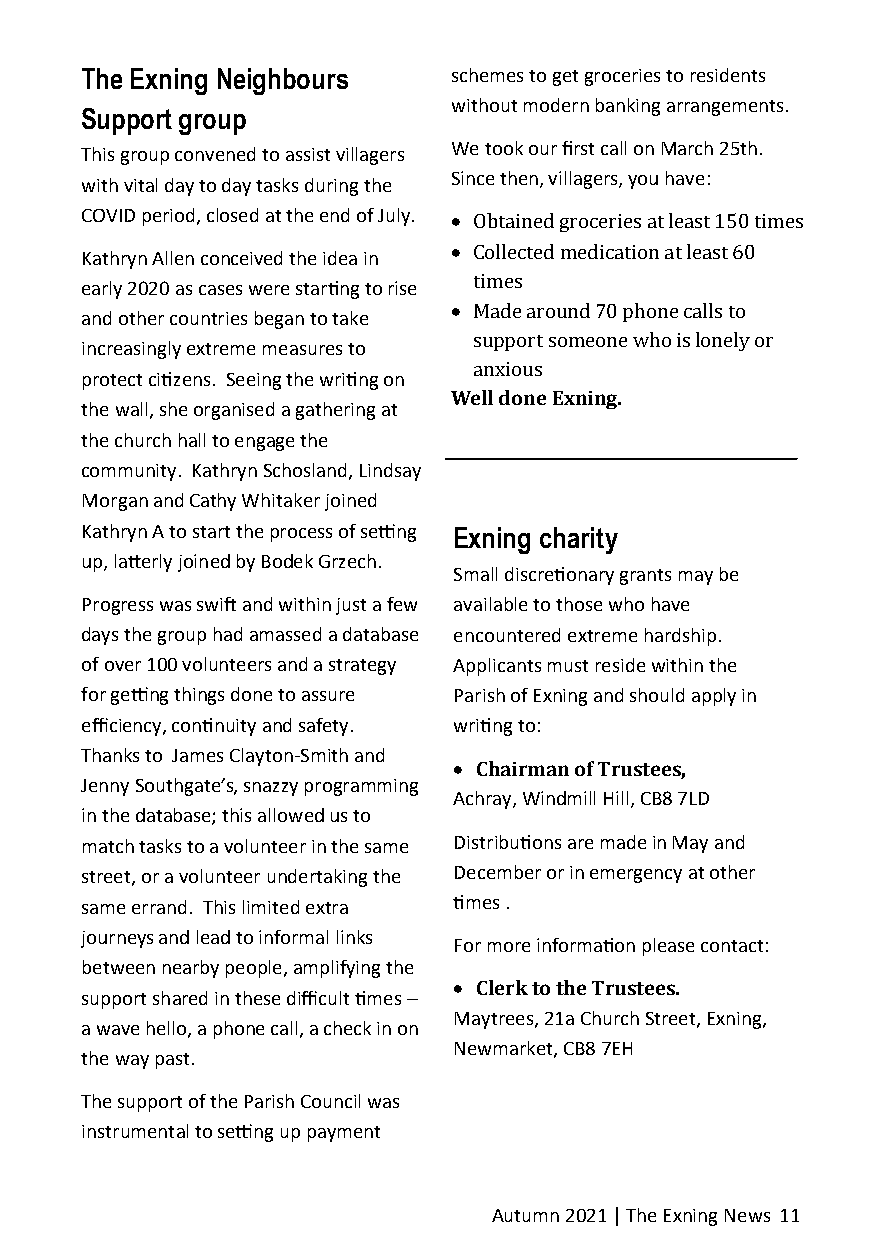
The Exning Neighbours    schemes to get groceries to residents
 without modern banking arrangements.
 Support group
 We took our first call on March 25th.
 This group convened to assist villagers
 Since then, villagers, you have:
 with vital day to day tasks during the
 COVID period, closed at the end of July. • Obtained groceries at least 150 times
 • Collected medication at least 60
 Kathryn Allen conceived the idea in
 times
 early 2020 as cases were starting to rise
 • Made around 70 phone calls to
 and other countries began to take
 support someone who is lonely or
 increasingly extreme measures to
 anxious
 protect citizens. Seeing the writing on
 Well done Exning.
 the wall, she organised a gathering at
 the church hall to engage the
 community. Kathryn Schosland, Lindsay
 Morgan and Cathy Whitaker joined
 Kathryn A to start the process of setting Exning charity
 up, latterly joined by Bodek Grzech.
 Small discretionary grants may be
 Progress was swift and within just a few available to those who have
 days the group had amassed a database encountered extreme hardship.
 of over 100 volunteers and a strategy Applicants must reside within the
 for getting things done to assure Parish of Exning and should apply in
 efficiency, continuity and safety. writing to:
 Thanks to James Clayton-Smith and
 • Chairman of Trustees,
 Jenny Southgate’s, snazzy programming
 Achray, Windmill Hill, CB8 7LD
 in the database; this allowed us to
 match tasks to a volunteer in the same Distributions are made in May and
 street, or a volunteer undertaking the December or in emergency at other
 same errand. This limited extra times .
 journeys and lead to informal links
 For more information please contact:
 between nearby people, amplifying the
 • Clerk to the Trustees.
 support shared in these difficult times –
 Maytrees, 21a Church Street, Exning,
 a wave hello, a phone call, a check in on
 Newmarket, CB8 7EH
 the way past.
 The support of the Parish Council was
 instrumental to setting up payment
 Autumn 2021 | The Exning News 11